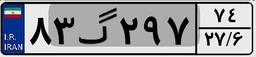
۸۳گ۲۹۷۷۴